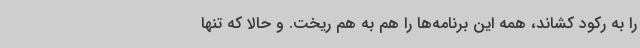
را به رکود کشاند، همه این برنامه‌ها را هم به هم ریخت. و حالا که تنها